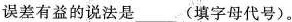
误差有益的说法是___(填字母代号)。